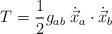
LaTeX: \begin{align*}T=\frac{1}{2} g_{ab}\; \dot{\vec{x}}_a\cdot \dot{\vec{x}}_b\end{align*}